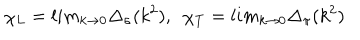
LaTeX: \chi _ { L } = l i m _ { k \rightarrow 0 } \Delta _ { \sigma } ( k ^ { 2 } ) , \ \ \chi _ { T } = l i m _ { k \rightarrow 0 } \Delta _ { \pi } ( k ^ { 2 } )